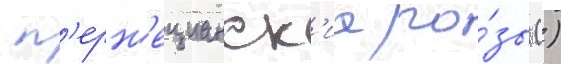
 п'ерн'ецианск'ие ро́зы ()